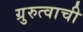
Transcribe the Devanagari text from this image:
ग्रुरुत्वाची